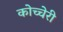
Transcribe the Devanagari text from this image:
कोच्चेरी